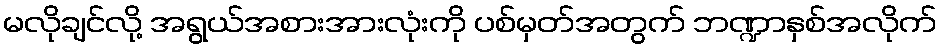
မလိုချင်လို့ အရွယ်အစားအားလုံးကို ပစ်မှတ်အတွက် ဘဏ္ဍာနှစ်အလိုက်